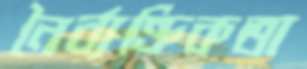
নৈর্ব্যক্তিকতা